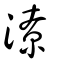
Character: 潦